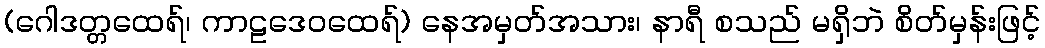
(ဂေါဒတ္တထေရ်၊ ကာဠဒေဝထေရ်) နေအမှတ်အသား၊ နာရီ စသည် မရှိဘဲ စိတ်မှန်းဖြင့်